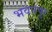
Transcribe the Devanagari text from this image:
भवनपुर